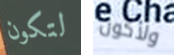
لتكون ولأكون